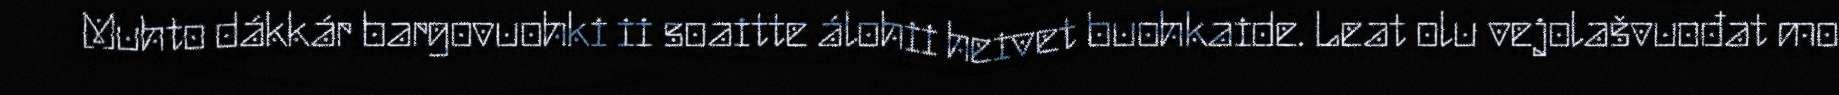
Muhto dákkár bargovuohki ii soaitte álohii heivet buohkaide. Leat olu vejolašvuođat mo